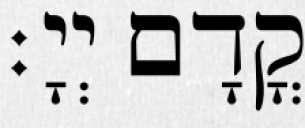
קֳדָם יְיָ׃